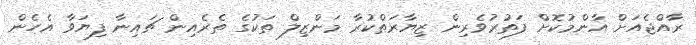
ރާއްޖެއަށް އާންމުކޮށް ފަތުރުވެރިން ޒިޔާރަތްކުރާ މަންޒިލް ތަކުގެ ތެރެއިން ޗައިނާ ފިޔަވާ އެހެން